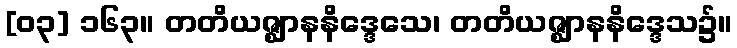
[၀၃] ၁၆၃။ တတိယဇ္ဈာနနိဒ္ဒေသေ၊ တတိယဇ္ဈာနနိဒ္ဒေသ၌။